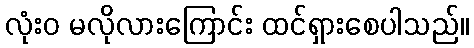
လုံးဝ မလိုလားကြောင်း ထင်ရှားစေပါသည်။